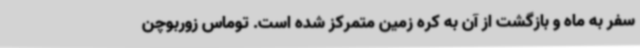
سفر به ماه و بازگشت از آن به کره زمین متمرکز شده است. توماس زوربوچن